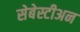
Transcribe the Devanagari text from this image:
सेबेस्टीअन